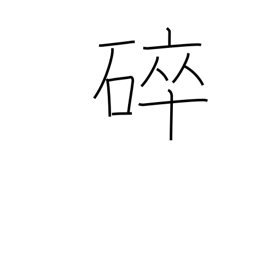
Meaning: broken